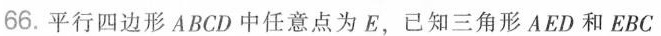
66.平行四边形ABCD中任意点为E，已知三角形AED和EBC